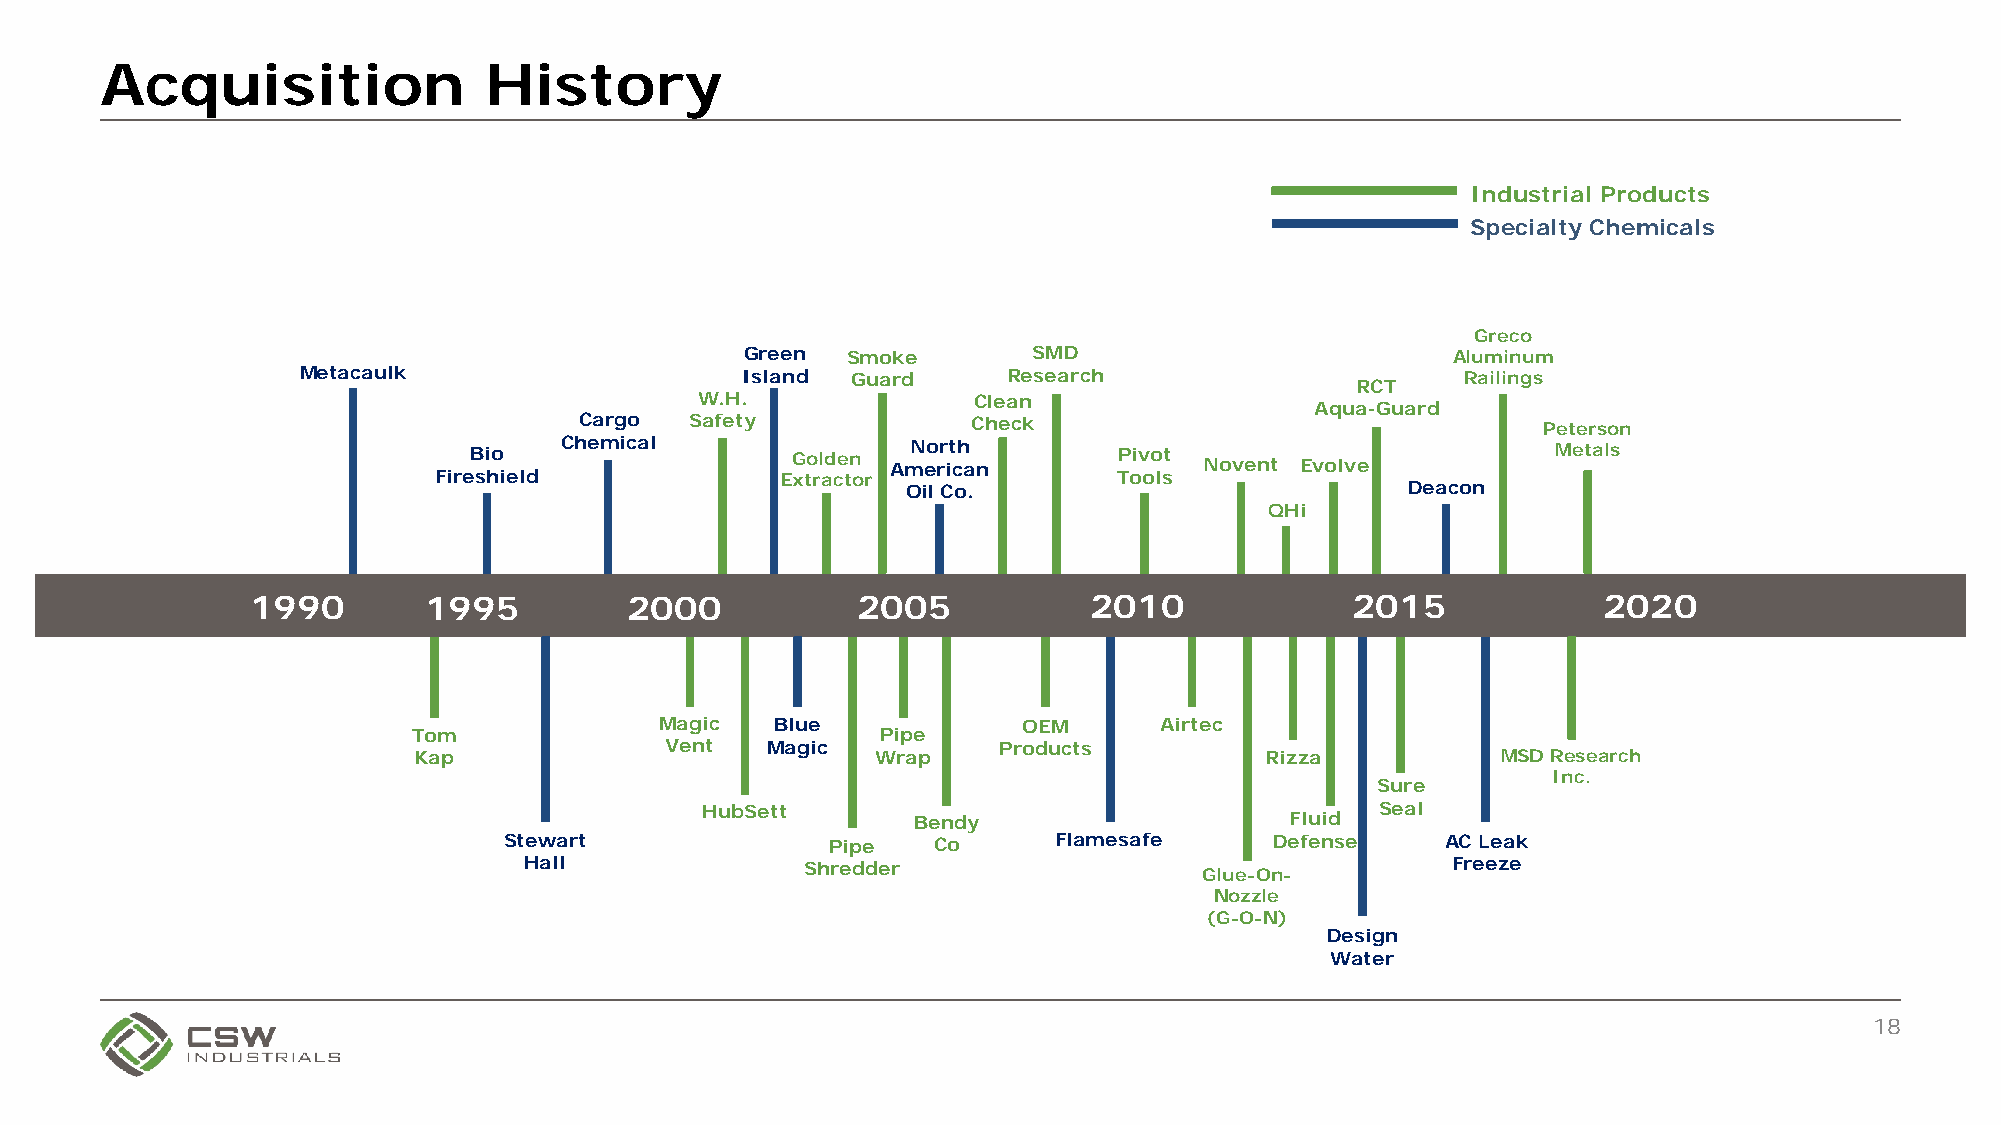
Acquisition              History
 Industrial Products
 Specialty Chemicals
 Greco
 Green  Smoke       SMD                         Aluminum
 Metacaulk                    Island Guard      Research                      Railings
 RCT
 W.H.              Clean
 Aqua-Guard
 Cargo   Safety            Check                                 Peterson
 Bio   Chemical       Golden AmN eo rr it ch a n Pivot Novent Evolve     Metals
 Fireshield             Extractor             Tools
 Oil Co.                          Deacon
 QHi
 1990       1995         2000            2005           2010             2015             2020
 Magic  Blue             OEM      Airtec
 Tom                            Pipe
 Vent   Magic          Products
 Kap                            Wrap                      Rizza          MSD Research
 Inc.
 Sure
 HubSett                                      Seal
 Bendy                   Fluid
 Stewart               Pipe   Co      Flamesafe     Defense     AC Leak
 Hall              Shredder                                   Freeze
 Glue-On-
 Nozzle
 (G-O-N)
 Design
 Water
 18